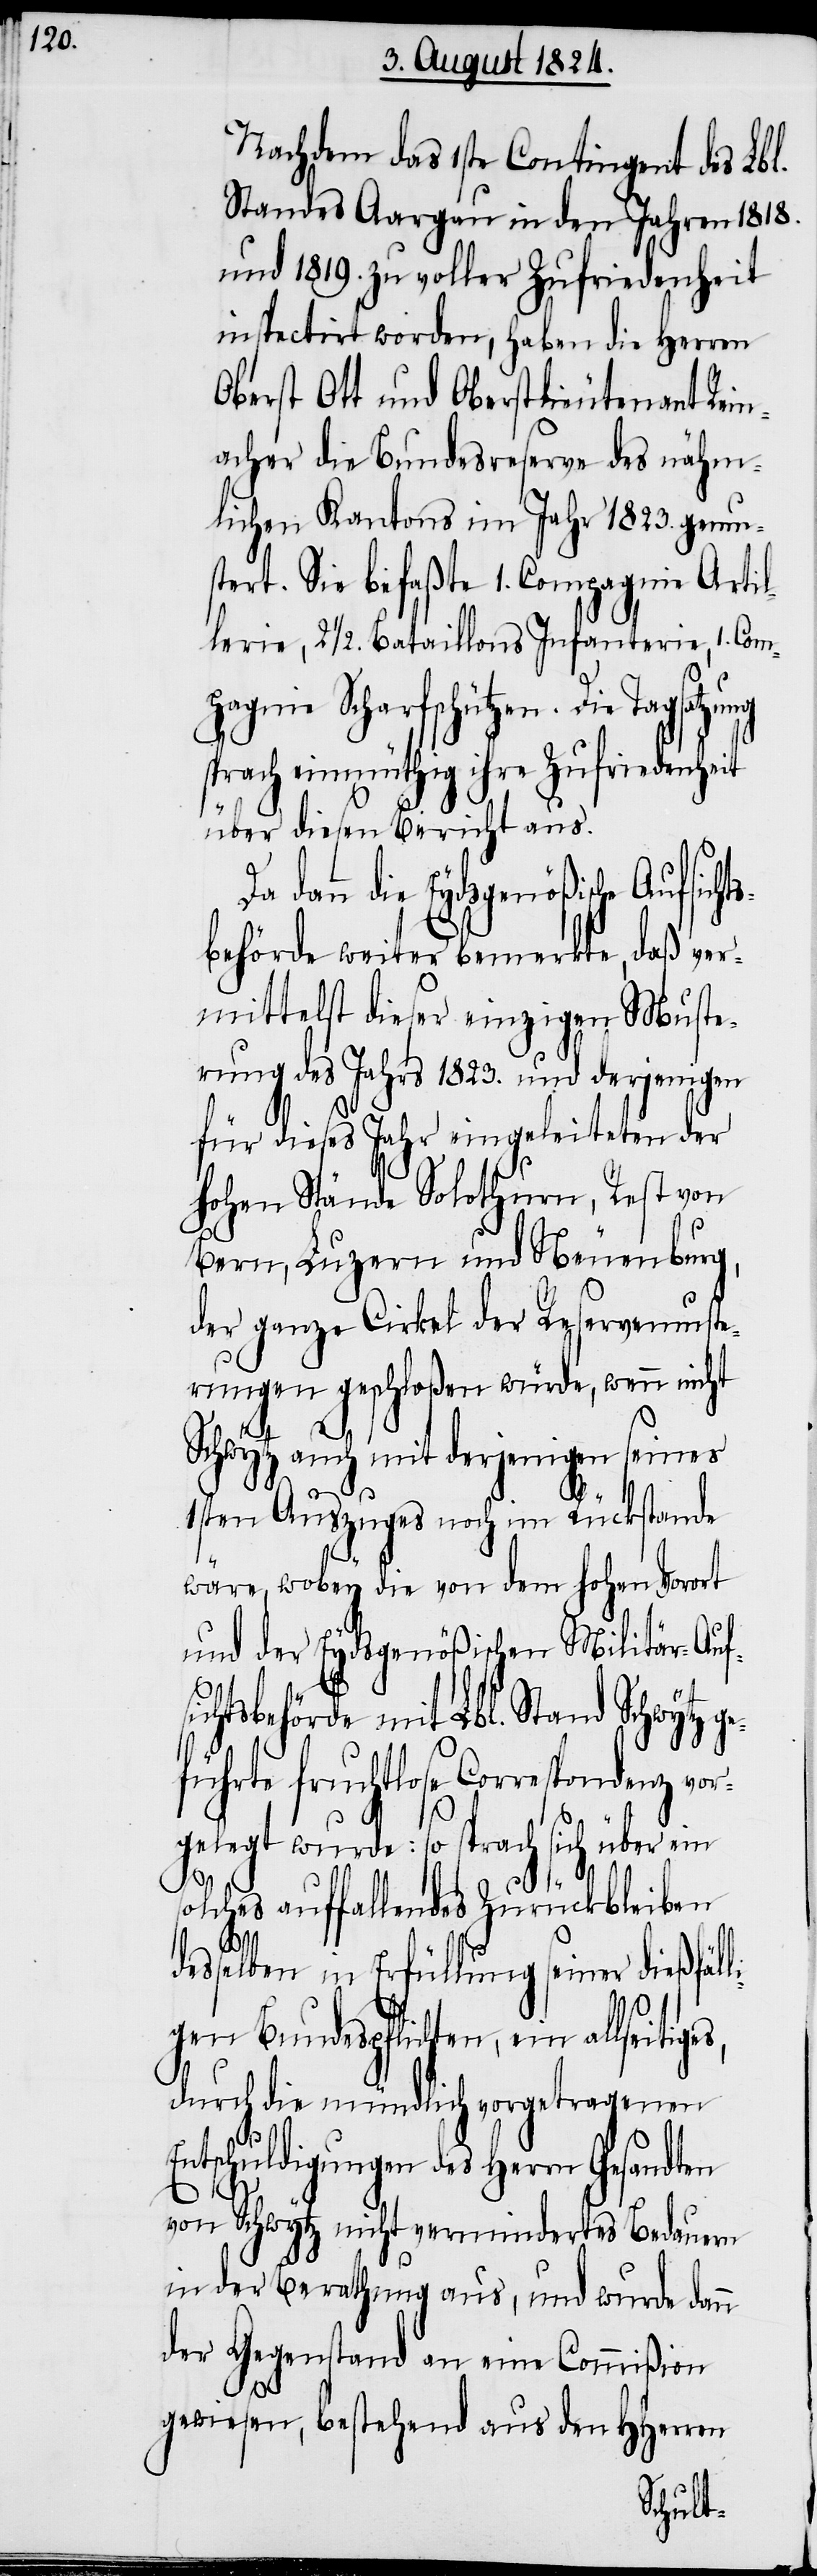
Nachdem das 1sten Contingent des Lbl.
Standes Aargau in den Jahren 1818.
und 1819. zu voller Zufriedenheit
inspectirt worden, haben die Herren
Oberst Ott und Oberstlieutenant Rein¬
acher die Bundesreserve des nähm¬
lichen Kantons im Jahr 1823. gemu¬
stert. Sie befaßte 1. Compagnie Artil¬
lerie, 2 ½. Bataillons Infanterie, 1. Com¬
pagnie Scharfschützen. Die
sprach einmüthig ihre Zufriedenheit
über diesen Bericht aus.
dann die Eydsgenößische Aufsich¬
behörde weiter bemerkte, daß ver¬
mittelst dieser einzigen Muste¬
rung des Jahrs 1823. und derjenigen
für dieses Jahr eingeleiteten der
hohen Stände Solothurn, Rest von
Bern, Luzern und Neuenburg,
der ganze Cirkel der Reservemuste¬
rungen geschloßen würde, wenn nicht
Schwytz auch mit derjenigen seines
ein s¬
ges,
1sten Auszuges noch im Rückstande
wäre, wobey die von dem hohen Vorort
und der Eydsgenößischen Militär-Auf¬
htsbehörde mit Lbl. Stand Schwytz
führte fruchtlose Correspondenz vor¬
gelegt wurde: so sprach sich
olches auffallendes Zurückbleiben
desselben in Erfüllung seiner dießfäll¬
igen Bundespflichten, ein allseiti¬
durch die mündlich vorgetragenen
Entschuldigungen des Herrn Gesandten
von Schwytz nicht vermindertes Bedauern
in der Berathung aus, und wurde dann
der Gegenstand an eine Commißion
gewiesen, bestehend aus den HHerren